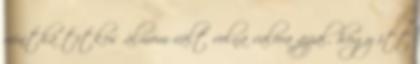
mintha titkos álmom vált volna valóra azzal, hogy itt